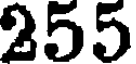
255